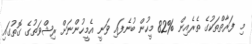
މި ފަރާތްތަކުގެ ތެރެއިން %82 މީހުން ބުނެފައި ވަނީ އެމީހުންނަށް ރިޝްވަތުގެ ގޮތުގައި